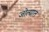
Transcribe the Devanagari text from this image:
जोत्यात